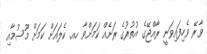
ވާރޭ ވެހިފައިވަނީ ރާއްޖޭގެ އުތުރުގެ ރަށެއް ކަމަށްވާ ހއ. ކެލައަށް ކަމަށް މޫސުމާއި